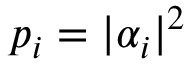
p _ { i } = | \alpha _ { i } | ^ { 2 }